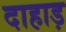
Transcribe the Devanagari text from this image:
दाहाड़